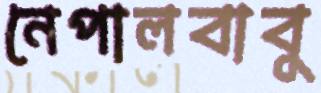
নেপালবাবু